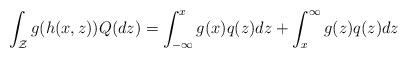
LaTeX: \begin{align*}\int_{\mathcal{Z}}g(h(x,z))Q(dz)&=\int_{-\infty}^{x}g(x)q(z)dz+\int_{x}^{\infty}g(z)q(z)dz\end{align*}